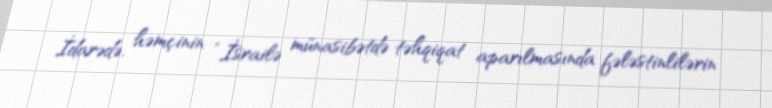
İdarədə, həmçinin “İsrailə münasibətdə təhqiqat aparılmasında fələstinlilərin